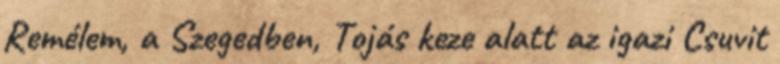
Remélem, a Szegedben, Tojás keze alatt az igazi Csuvit